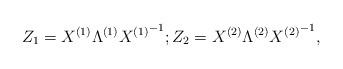
LaTeX: \begin{align*}Z_1 = X^{(1)}\Lambda^{(1)} {X^{(1)}}^{-1}; Z_2 = X^{(2)}\Lambda^{(2)} {X^{(2)}}^{-1},\end{align*}